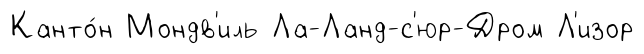
Канто́н Мондв'иль Ла-Ланд-с'юр-Дром Л'изор